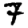
Digit: 7